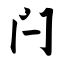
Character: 闩